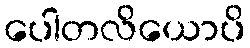
ပေါတလိယောပိ